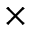
\times